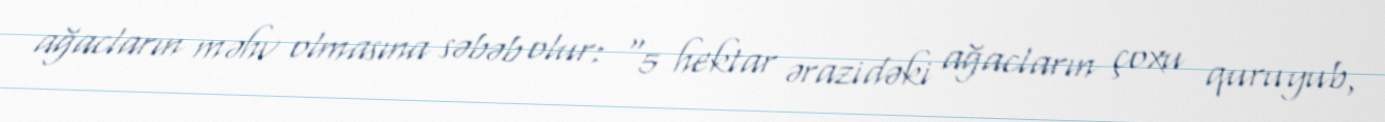
ağacların məhv olmasına səbəb olur: “5 hektar ərazidəki ağacların çoxu quruyub,